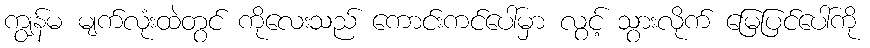
ကျွန်မ မျက်လုံးထဲတွင် ကိုလေးသည် ကောင်းကင်ပေါ်မှာ လွင့် သွားလိုက် မြေပြင်ပေါ်ကို